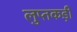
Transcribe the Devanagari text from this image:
लुप्तकड़ी